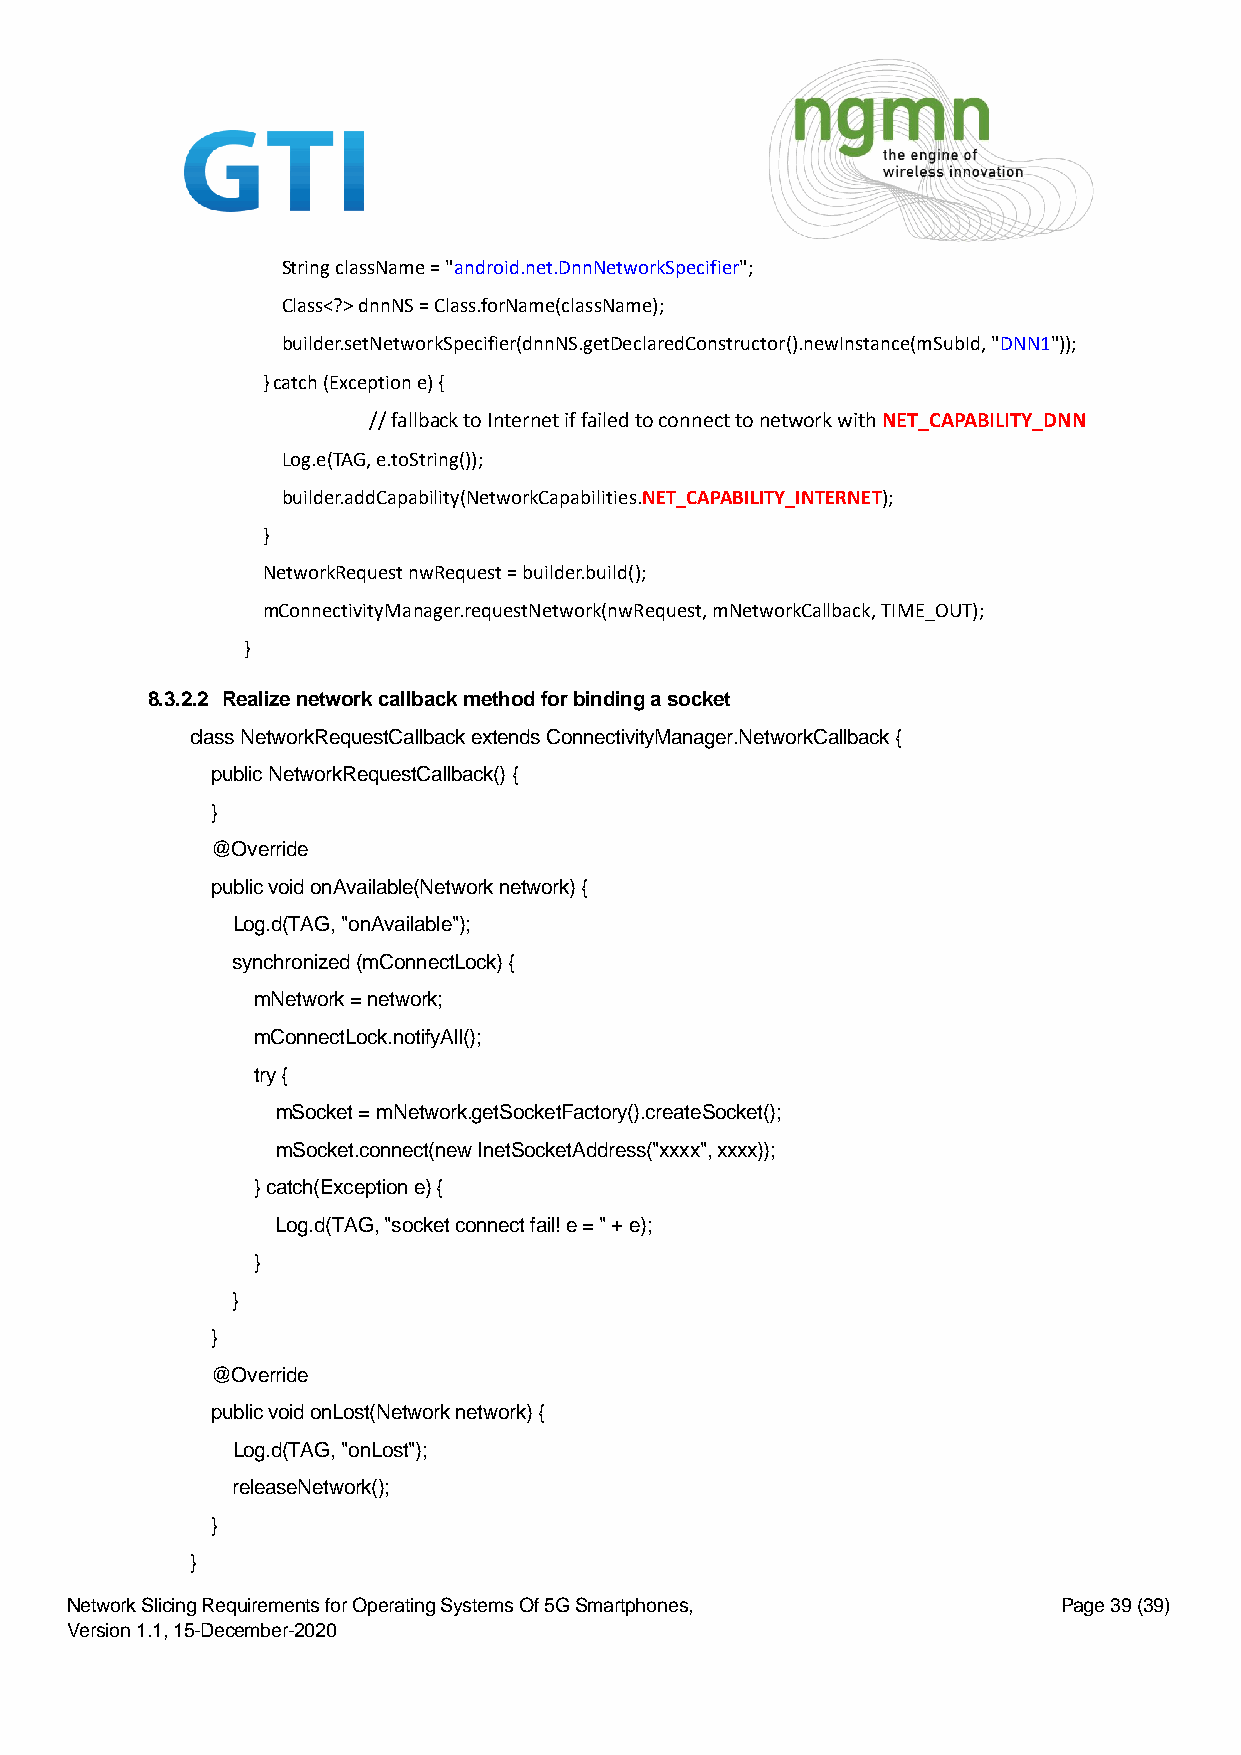
String className = "android.net.DnnNetworkSpecifier";
 Class<?> dnnNS = Class.forName(className);
 builder.setNetworkSpecifier(dnnNS.getDeclaredConstructor().newInstance(mSubId, "DNN1"));
 } catch (Exception e) {
 // fallback to Internet if failed to connect to network with NET_CAPABILITY_DNN
 Log.e(TAG, e.toString());
 builder.addCapability(NetworkCapabilities.NET_CAPABILITY_INTERNET);
 }
 NetworkRequest nwRequest = builder.build();
 mConnectivityManager.requestNetwork(nwRequest, mNetworkCallback, TIME_OUT);
 }
 8.3.2.2 Realize network callback method for binding a socket
 class NetworkRequestCallback extends ConnectivityManager.NetworkCallback {
 public NetworkRequestCallback() {
 }
 @Override
 public void onAvailable(Network network) {
 Log.d(TAG, "onAvailable");
 synchronized (mConnectLock) {
 mNetwork = network;
 mConnectLock.notifyAll();
 try {
 mSocket = mNetwork.getSocketFactory().createSocket();
 mSocket.connect(new InetSocketAddress("xxxx", xxxx));
 } catch(Exception e) {
 Log.d(TAG, "socket connect fail! e = " + e);
 }
 }
 }
 @Override
 public void onLost(Network network) {
 Log.d(TAG, "onLost");
 releaseNetwork();
 }
 }
 Network Slicing Requirements for Operating Systems Of 5G Smartphones, Page 39 (39)
 Version 1.1, 15-December-2020